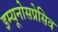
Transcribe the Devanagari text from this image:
इम्यूनोसप्रेसिव